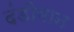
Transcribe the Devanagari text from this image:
दंडीगान